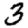
Digit: 3